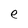
Character: e